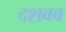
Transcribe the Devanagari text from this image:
दशवव